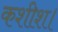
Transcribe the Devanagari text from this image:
कशीश।